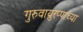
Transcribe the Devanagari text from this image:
गुरुवाय्रुरप्पाच्या